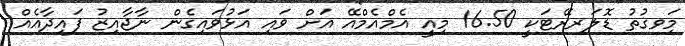
މިަވގުތު ޑޮލަރރޭޓަކީ 16.50 މިއީ އެމްއެމްއޭ އަށް ވައި އަޅުވައިގެން ނާޖާއިޒު ފައިދާއެއް